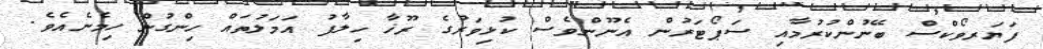
ފަޔަރވޯކްސް ބޭނުންކުރުމާއި ސަޕޯޓަރުން އެނޫންވެސް ކުޅިވަރުގެ ރޫޚާ ހިލާފު އަމަލުތައް ހިންގުން ހިމެނެއެވެ.